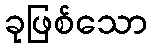
ခုဖြစ်သော